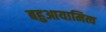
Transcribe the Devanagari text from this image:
बहुआयामित्व